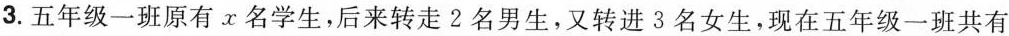
3.五年级一班原有x名学生，后来转走2名男生，又转进3名女生，现在五年级一班共有